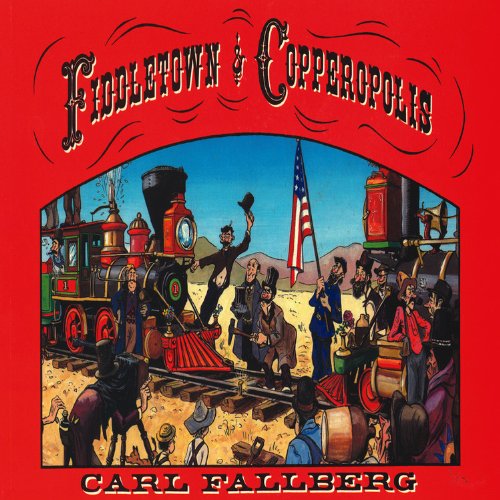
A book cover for Fiddletown & Copperopolis; Carl Fallberg; Arts & Photography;